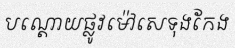
បណ្តោយផ្លូវម៉ៅសេទុងកែង